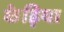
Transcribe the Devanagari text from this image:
केड़िया